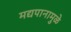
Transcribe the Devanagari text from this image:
मद्यपानामुळे